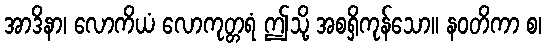
အာဒိနာ၊ လောကိယံ လောကုတ္တရံ ဤသို့ အစရှိကုန်သော။ နဝတိကာ စ၊